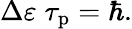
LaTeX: \Delta\varepsilon\; \tau_{\mathrm{p}}=\hbar.